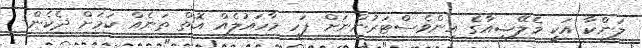
ލަންކާ އަކީ މެލޭޝިއާގެ އިންވެސްޓަރުންނަށް ފަހި މާހައުލެއް އޮތް ތަނެއް ކަމަށް ދެކެން-